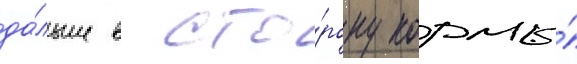
да́льше в сто́рону кормы́